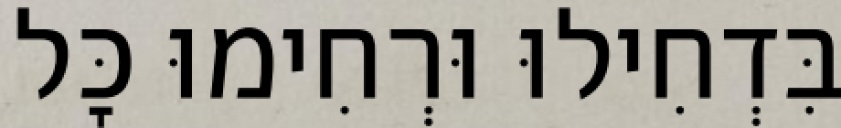
בִּדְחִילוּ וּרְחִימוּ כׇּל